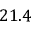
2 1 . 4